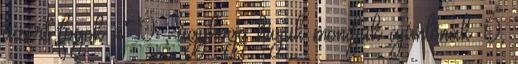
azért fogok xD , úgyhogy hívjuk mondjuk ajánlónak. Ó,